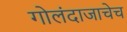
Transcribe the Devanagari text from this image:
गोलंदाजाचेच